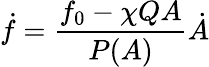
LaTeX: \dot{f}=\frac{f_{0}-\chi QA}{P(A)}\dot{A}